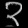
Digit: ၃